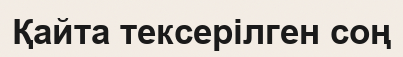
Қайта тексерілген соң